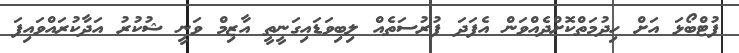
ފުޓްބޯޅަ އަށް ހިދުމަތްކޮށްދެއްވަން އެފަދަ ފުރުސަތެއް ލިބިވަޑައިގަނީތީ އާޒިމް ވަނީ ޝުކުރު އަދާކުރައްވައިފަ